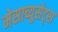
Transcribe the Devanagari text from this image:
मेसाच्युसेट्स